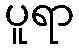
ပူရာ